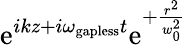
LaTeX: \mathrm{e}^{ikz+i\omega_{\mathrm{gapless}}t}\mathrm{e}^{+\frac{r^{2}}{w_{0}^{2}}}